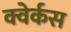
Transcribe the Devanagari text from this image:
क्वेर्कस